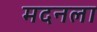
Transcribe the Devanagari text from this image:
मदनला